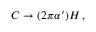
C \rightarrow ( 2 \pi \alpha ^ { \prime } ) { \cal H } \, ,